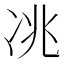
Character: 𱐃